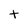
Character: t